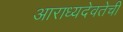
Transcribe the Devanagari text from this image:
आराध्यदेवतेची